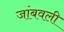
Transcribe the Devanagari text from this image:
जांबवली